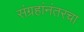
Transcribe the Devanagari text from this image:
संग्रहांनंतरचा